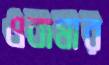
ওবামার